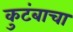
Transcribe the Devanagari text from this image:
कुटंबाचा